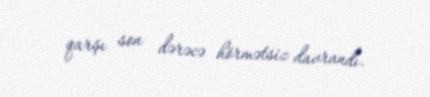
qarşı son dərəcə hörmətsiz davrandı.